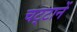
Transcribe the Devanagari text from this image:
चट्‍टानें